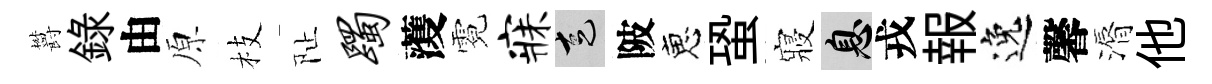
欝錄由原枝阯躅𮑮霓寐走陂恵蛩寢息戎報逸馨漘他